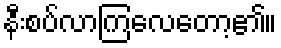
နီးစပ်လာကြလေတော့၏။